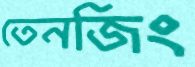
তেনজিং